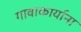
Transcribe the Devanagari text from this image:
गावाकार्याना